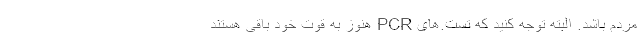
مردم باشد. البته توجه کنید که تست.های PCR هنوز به قوت خود باقی هستند